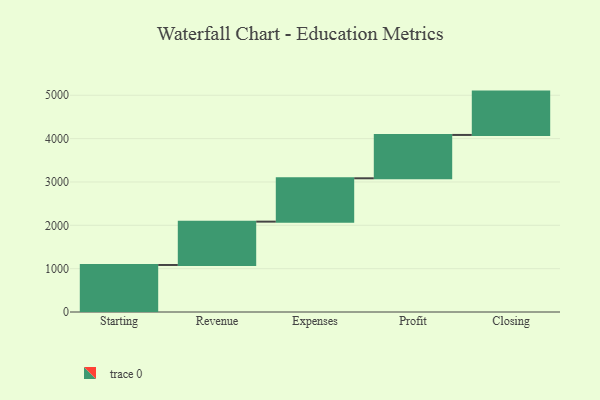
{"axis": {"x": "Step", "y": "Value"}, "legend": [""], "data": [{"x": "Starting", "y": 1085.0, "type": ""}, {"x": "Revenue", "y": 1000, "type": ""}, {"x": "Expenses", "y": 1000, "type": ""}, {"x": "Profit", "y": 1000, "type": ""}, {"x": "Closing", "y": 1000, "type": ""}]}